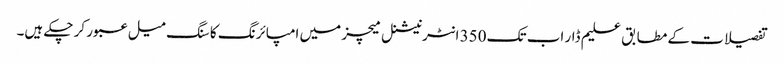
تفصیلات کے مطابق علیم ڈار اب تک 350 انٹرنیشنل میچز میں امپائرنگ کا سنگ میل عبور کر چکے ہیں۔